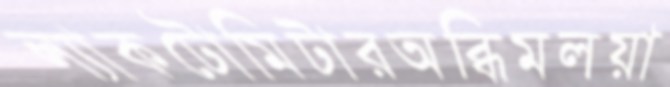
ল্যাকটোমিটারঅব্ধিমলয়া